Annual administration report of the Civil Veterinary Department of India - 1894-1895
Year: 1894
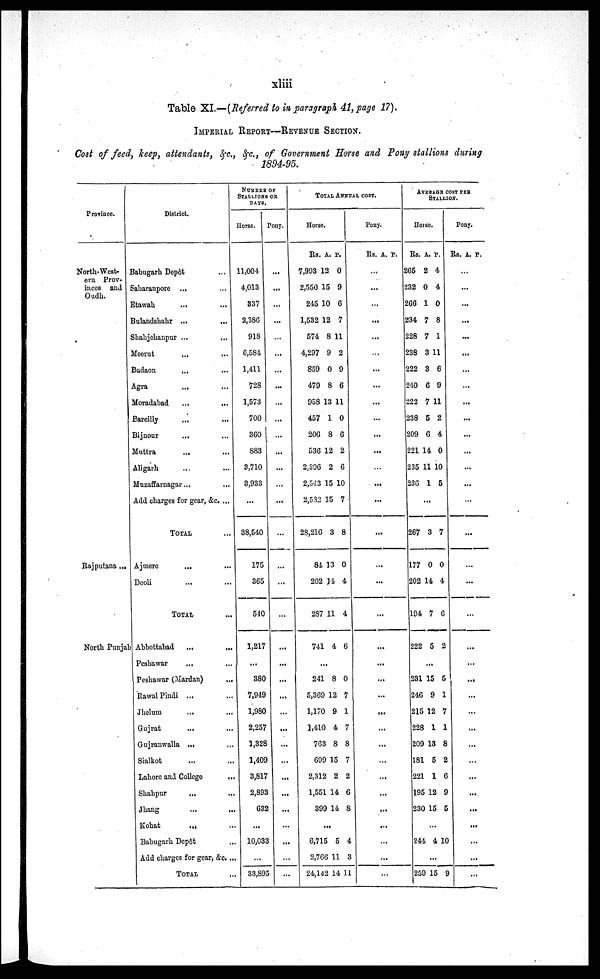
xliii
Table XI.—(Referred to in paragraph 41, page 17).
IMPERIAL REPORT—REVENUE SECTION.
Cost of feed, keep, attendants, &c., &c., of Government Horse and Pony stallions during
1894-95.
Province.
North-West¬
ern Prov¬
inces and
Oudh.
Rajputana ...
North Punjab
District.
Babugarh Depôt ...
Saharanpore ... ...
Etawah...
...
Bulandshahr
...
...
Shahjehanpur...
...
Meerut...
...
Budaon...
...
Agra...
...
Moradabad...
...
Bareilly...
...
Bijnour...
...
Muttra...
...
Aligarh
...
...
Muzaffarnagar...
...
Add charges for gear, &c. ...
TOTAL...
Ajmere...
...
Deoli...
...
TOTAL...
Abbottabad... ...
Peshawar...
...
Peshawar (Mardan)...
Rawal Pindi......
Jhelum......
Gujrat......
Gujranwalla......
Sialkot......
Lahore and College ...
Shahpur......
Jhang......
Kohat
...
...
Babugarh Depôt...
Add charges for gear, &c. ...
TOTAL...
NUMBER OF
STALLIONS OR
DAYS.
Horse.
11,004
4,013
337
2,386
918
6,584
1,411
728
1,573
700
360
883
3,710
3,933
...
38,540
175
365
540
1,217
...
380
7,949
1,980
2,257
1,328
1,409
3,817
2,893
632
...
10,033
...
33,895
Pony.
...
...
...
...
...
...
...
...
...
...
...
...
...
...
...
...
...
...
...
...
...
...
...
...
...
...
...
...
...
...
...
...
...
TOTAL ANNUAL COST.
Horse
Rs.
7,993
2,550
245
1,532
574
4,297
859
479
958
457
206
536
2,396
2,543
2,532
28.216
84
202
287
741
...
241
5,369
1,170
1,410
763
699
2,312
1,551
399
...
6,715
2,766
24,142
A.
12
15
10
12
8
9
0
8
13
1
8
12
2
15
15
3
13
14
11
4
...
8
12
9
4
8
15
2
14
14
...
5
11
14
P.
0
9
6
7
11
2
9
6
11
0
6
2
6
10
7
8
0
4
4
6
...
0
7
1
7
8
7
2
6
8
...
4
3
11
Pony.
Rs. A. P.
...
...
...
...
...
...
...
...
...
...
...
...
...
...
...
...
...
...
...
...
...
...
...
...
...
...
...
...
...
...
...
...
...
...
AVERAGE
STALLION
COST PER.
Horse.
Rs.
265
232
266
234
228
238
222
240
222
238
209
221
235
236
A.
2
0
1
7
7
3
3
6
7
5
6
14
11
1
P.
4
4
0
8
1
11
6
9
11
2
4
0
10
5
...
267
177
202
194
222
3
0
14
7
5
7
0
4
6
2
...
231
246
215
228
209
181
221
195
230
15
9
12
1
13
5
1
12
15
5
1
7
1
8
2
6
9
5
...
244 4 10
...
259 15 9
Pony.
Rs. A. P.
...
...
...
...
...
...
...
...
...
...
...
...
...
...
...
...
...
...
...
...
...
...
...
...
...
...
...
...
...
...
...
...
...